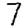
Digit: 7